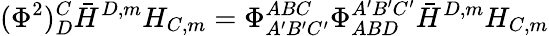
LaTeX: (\Phi^{2})_{D}^{C}\bar{H}^{D,m}H_{C,m}=\Phi_{A^{\prime}B^{\prime}C^{\prime}}^{ABC}\Phi_{ABD}^{A^{\prime}B^{\prime}C^{\prime}}\bar{H}^{D,m}H_{C,m}